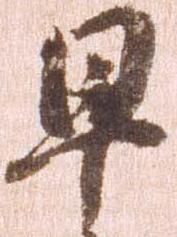
早